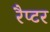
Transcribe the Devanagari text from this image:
रैप्‍टर